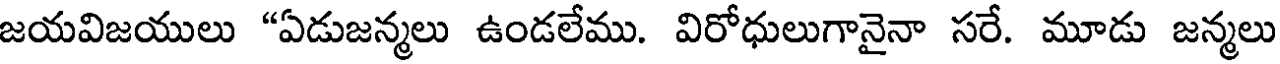
జయవిజయులు "ఏడుజన్మలు ఉండలేము. విరోధులుగానైనా సరే. మూడు జన్మలు